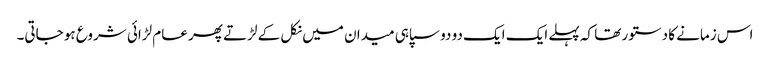
اس زمانے کا دستور تھا کہ پہلے ایک ایک دو دو سپاہی میدان میں نکل کے لڑتے پھر عام لڑائی شروع ہو جاتی۔